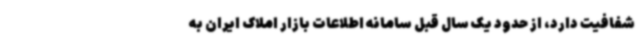
شفافیت دارد، از حدود یک سال قبل سامانه اطلاعات بازار املاک ایران به